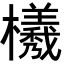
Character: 𭬮